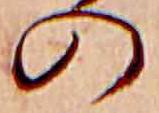
の